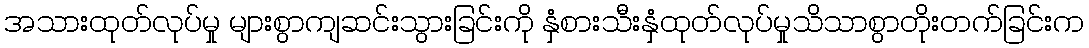
အသားထုတ်လုပ်မှု များစွာကျဆင်းသွားခြင်းကို နှံစားသီးနှံထုတ်လုပ်မှုသိသာစွာတိုးတက်ခြင်းက